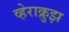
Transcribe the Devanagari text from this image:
व्हेराक्रुझ